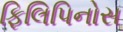
ફિલિપિનોસ